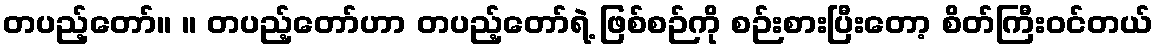
တပည့်တော်။ ။ တပည့်တော်ဟာ တပည့်တော်ရဲ့ ဖြစ်စဉ်ကို စဉ်းစားပြီးတော့ စိတ်ကြီးဝင်တယ်